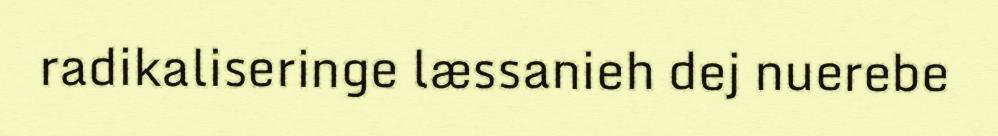
radikaliseringe læssanieh dej nuerebe